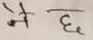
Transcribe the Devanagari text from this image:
नै छ